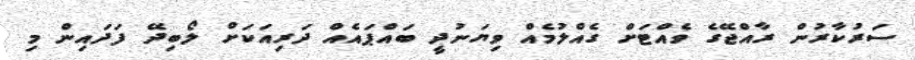
ސަރުކާރުން ރާއްޖޭގެ ވެއްޓަށް ގެއްލުމެއް ވިޔަނުދީ ބައްޕައެއް ދަރިއަކަށް ލޯބިދޭ ފަދައިން މި